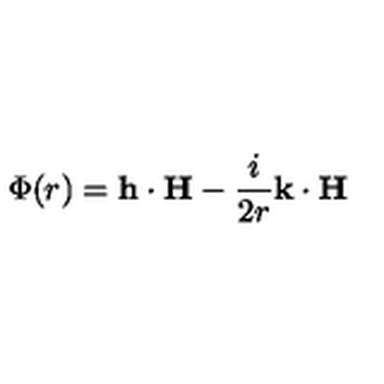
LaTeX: \Phi ( r ) = { \bf h } \cdot { \bf H } - { \frac { i } { 2 r } } { \bf k } \cdot { \bf H }